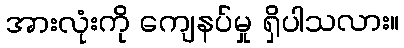
အားလုံးကို ကျေနပ်မှု ရှိပါသလား။